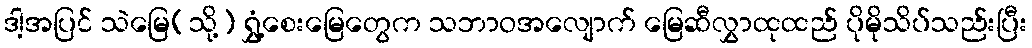
ဒါ့အပြင် သဲမြေ(သို့) ရွှံ့စေးမြေတွေက သဘာဝအလျောက် မြေဆီလွှာထုထည် ပိုမိုသိပ်သည်းပြီး